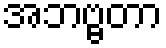
အဘဗ္ဗတာ